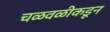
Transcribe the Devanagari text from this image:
चळवळीकडून